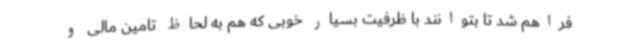
فراهم شد تا بتوانند با ظرفیت بسیار خوبی که هم به لحاظ تامین مالی و